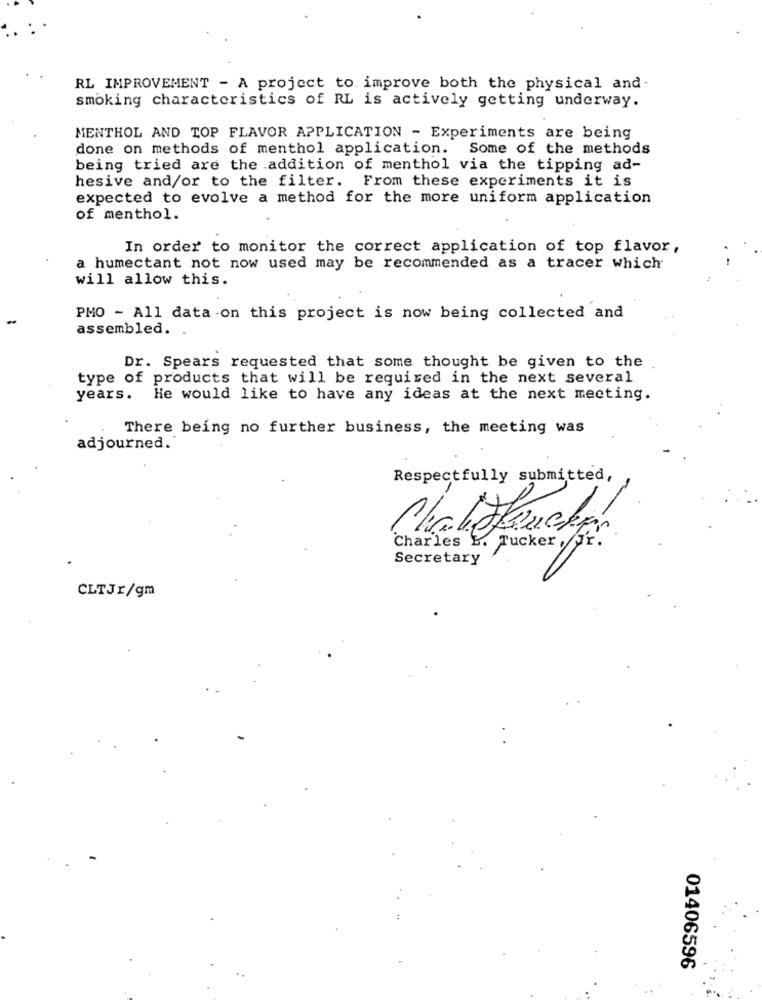
RL IMPROVEMENT - A project to improve both the physical and
smoking characteristics of RL is actively getting underway.
MENTHOL AND TOP FLAVOR APPLICATION - Experiments are being
done on methods of menthol application. Some of the methods
being tried are the addition of menthol via the tipping ad-
hesive and/or to the filter. From these experiments it is
expected to evolve a method for the more uniform application
of menthol.
In order to monitor the correct application of top flavor,
a humectant not now used may be recommended as a tracer which
will allow this.
PMO - All data -on this project is now being collected and
assembled.
Dr. Spears requested that some thought be given to the
type of products that will be required in the next several
years. He would like to have any ideas at the next meeting.
There being no further business, the meeting was
adjourned.
Respectfully submitted,
Charles L. Tucker , Jr.
Secretary
CLTJr/gm
01406596